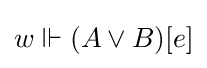
w\Vdash (A\lor B)[e]